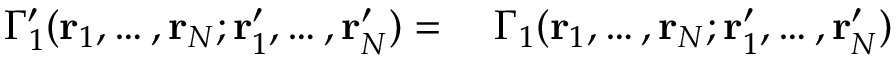
\begin{array} { r l } { \Gamma _ { 1 } ^ { \prime } ( \mathbf { r } _ { 1 } , \ldots , \mathbf { r } _ { N } ; \mathbf { r } _ { 1 } ^ { \prime } , \ldots , \mathbf { r } _ { N } ^ { \prime } ) = \; } & { { } \Gamma _ { 1 } ( \mathbf { r } _ { 1 } , \ldots , \mathbf { r } _ { N } ; \mathbf { r } _ { 1 } ^ { \prime } , \ldots , \mathbf { r } _ { N } ^ { \prime } ) } \end{array}